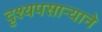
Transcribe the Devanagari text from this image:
दृश्यपसार्‍याने